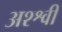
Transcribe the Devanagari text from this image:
अश्श्वी